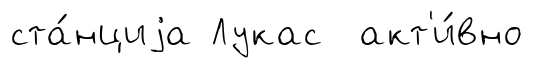
ста́нциjа Лукас акт'и́вно